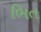
ભિત